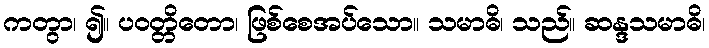
ကတွာ၊ ၍။ ပဝတ္တိတော၊ ဖြစ်စေအပ်သော။ သမာဓိ၊ သည်။ ဆန္ဒသမာဓိ၊